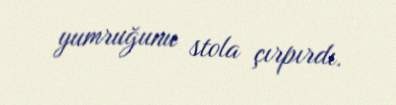
yumruğunu stola çırpırdı.